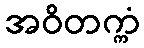
အဝိတက္ကံ